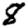
Digit: 8